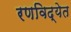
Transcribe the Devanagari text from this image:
रणविद्येत